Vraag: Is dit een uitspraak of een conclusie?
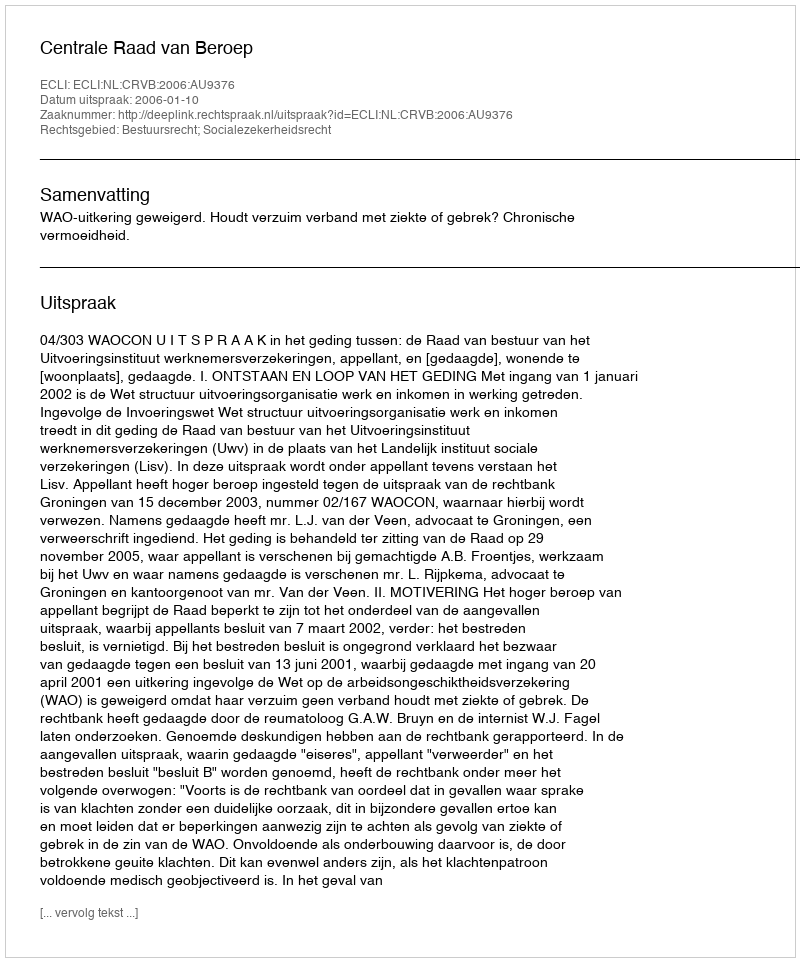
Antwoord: Uitspraak